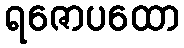
ရဇောပထော